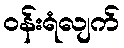
ဝန်းရံလျက်